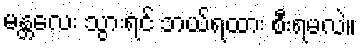
မန္တလေး သွားရင် ဘယ်ရထား စီးရမလဲ။